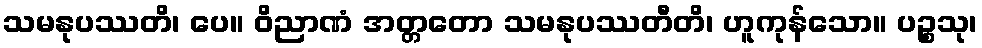
သမနုပဿတိ၊ ပေ။ ဝိညာဏံ အတ္တတော သမနုပဿတီတိ၊ ဟူကုန်သော။ ပဉ္စသု၊